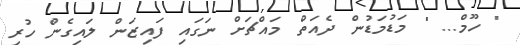
" ހޫމް... " މަޑުމަޑުން ދެއަތް މައްޗަށް ނަގައި ފައިޒަން ލައިގެން ހުރި